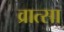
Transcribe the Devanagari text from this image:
व्रात्सा